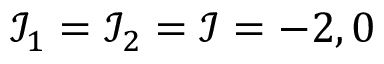
\mathcal { I } _ { 1 } = \mathcal { I } _ { 2 } = \mathcal { I } = - 2 , 0